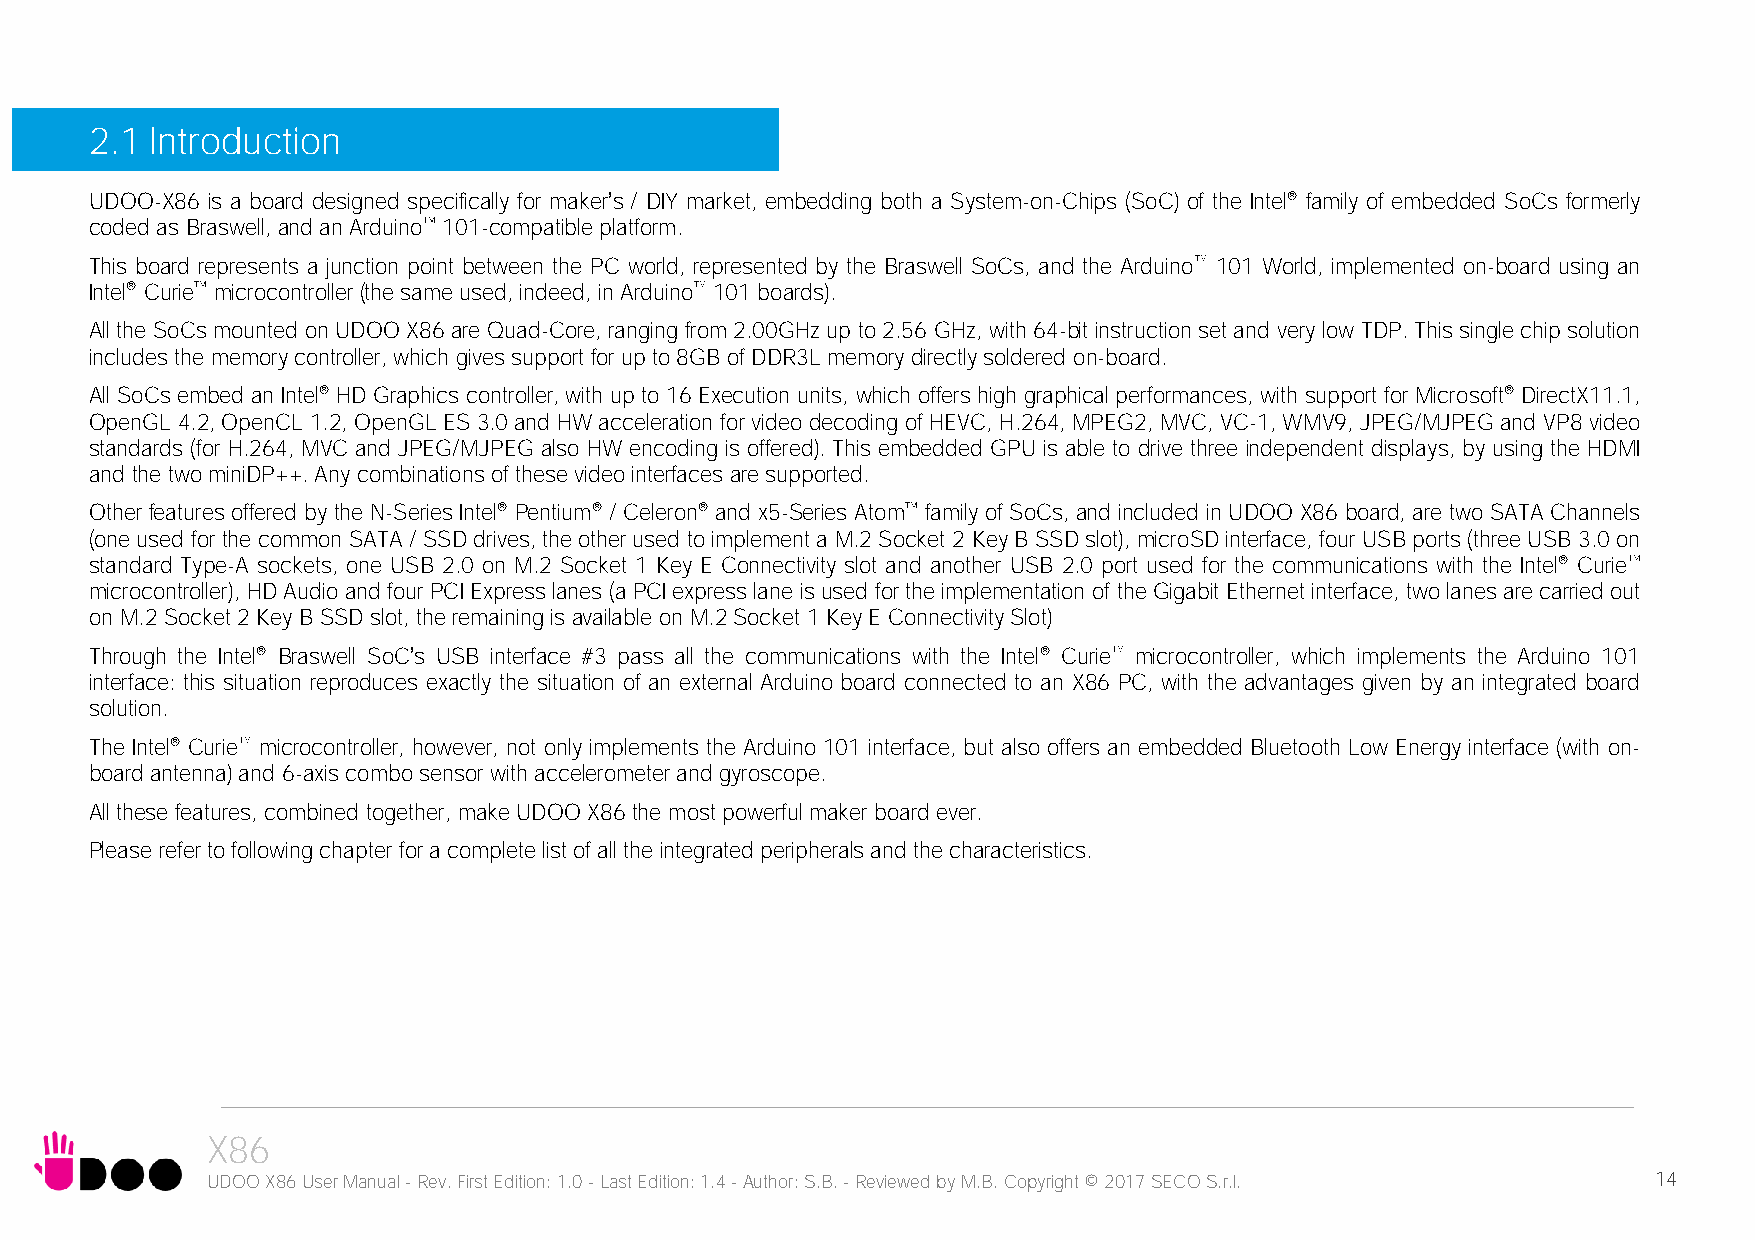
2.1 Introduction
 UDOO-X86 is a board designed specifically for maker’s / DIY market, embedding both a System-on-Chips (SoC) of the Intel® family of embedded SoCs formerly
 coded as Braswell, and an Arduino 101-compatible platform.
 This board represents a junction point between the PC world, represented by the Braswell SoCs, and the Arduino 101 World, implemented on-board using an
 Intel® Curie microcontroller (the same used, indeed, in Arduino 101 boards).
 All the SoCs mounted on UDOO X86 are Quad-Core, ranging from 2.00GHz up to 2.56 GHz, with 64-bit instruction set and very low TDP. This single chip solution
 includes the memory controller, which gives support for up to 8GB of DDR3L memory directly soldered on-board.
 All SoCs embed an Intel® HD Graphics controller, with up to 16 Execution units, which offers high graphical performances, with support for Microsoft® DirectX11.1,
 OpenGL 4.2, OpenCL 1.2, OpenGL ES 3.0 and HW acceleration for video decoding of HEVC, H.264, MPEG2, MVC, VC-1, WMV9, JPEG/MJPEG and VP8 video
 standards (for H.264, MVC and JPEG/MJPEG also HW encoding is offered). This embedded GPU is able to drive three independent displays, by using the HDMI
 and the two miniDP++. Any combinations of these video interfaces are supported.
 Other features offered by the N-Series Intel® Pentium® / Celeron® and x5-Series Atom family of SoCs, and included in UDOO X86 board, are two SATA Channels
 (one used for the common SATA / SSD drives, the other used to implement a M.2 Socket 2 Key B SSD slot), microSD interface, four USB ports (three USB 3.0 on
 standard Type-A sockets, one USB 2.0 on M.2 Socket 1 Key E Connectivity slot and another USB 2.0 port used for the communications with the Intel® Curie
 microcontroller), HD Audio and four PCI Express lanes (a PCI express lane is used for the implementation of the Gigabit Ethernet interface, two lanes are carried out
 on M.2 Socket 2 Key B SSD slot, the remaining is available on M.2 Socket 1 Key E Connectivity Slot)
 Through the Intel® Braswell SoC’s USB interface #3 pass all the communications with the Intel® Curie microcontroller, which implements the Arduino 101
 interface: this situation reproduces exactly the situation of an external Arduino board connected to an X86 PC, with the advantages given by an integrated board
 solution.
 The Intel® Curie microcontroller, however, not only implements the Arduino 101 interface, but also offers an embedded Bluetooth Low Energy interface (with on-
 board antenna) and 6-axis combo sensor with accelerometer and gyroscope.
 All these features, combined together, make UDOO X86 the most powerful maker board ever.
 Please refer to following chapter for a complete list of all the integrated peripherals and the characteristics.
 X86
 UDOO X86 User Manual - Rev. First Edition: 1.0 - Last Edition: 1.4 - Author: S.B. - Reviewed by M.B. Copyright © 2017 SECO S.r.l. 14